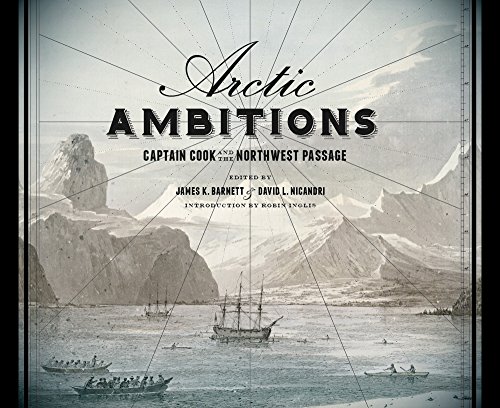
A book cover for Arctic Ambitions: Captain Cook and the Northwest Passage; History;